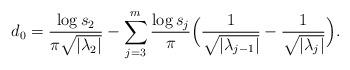
LaTeX: \begin{align*}d_{0} = \frac{\log s_{2}}{\pi \sqrt{|\lambda_{2}|}}-\sum_{j=3}^{m} \frac{\log s_{j}}{\pi}\Big( \frac{1}{\sqrt{|\lambda_{j-1}|}}-\frac{1}{\sqrt{|\lambda_{j}|}} \Big).\end{align*}